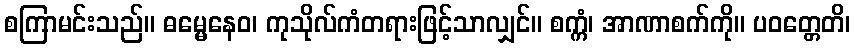
စကြာမင်းသည်။ ဓမ္မေနေဝ၊ ကုသိုလ်ကံတရားဖြင့်သာလျှင်။ စက္ကံ၊ အာဏာစက်ကို။ ပဝတ္တေတိ၊